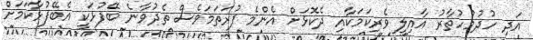
އަދި ހުދުމުހުތާރު އާއިލީ ވެރިކަމަކާއި ދެކޮޅަށް އެންމެ ފުރަތަމަވެސް ތެދުވާނެ ބޭފުޅަކީ އެބޭފުޅާކަމަށް